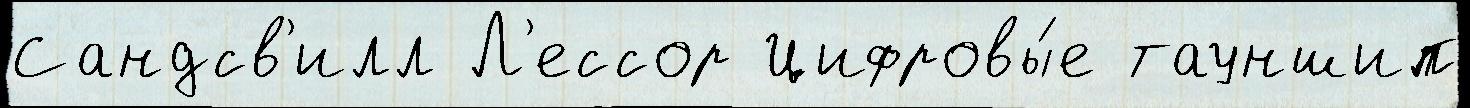
Сандсв'илл Л'ессор Цифровы́е тауншип